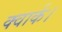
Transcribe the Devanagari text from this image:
क्वार्क।